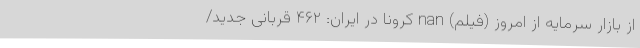
از بازار سرمایه از امروز (فیلم) nan کرونا در ایران: ۴۶۲ قربانی جدید/